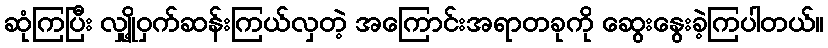
ဆုံကြပြီး လျှို့ဝှက်ဆန်းကြယ်လှတဲ့ အကြောင်းအရာတခုကို ဆွေးနွေးခဲ့ကြပါတယ်။